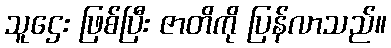
သူဌေး ဖြစ်ပြီး ဇာတိကို ပြန်လာသည်။